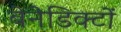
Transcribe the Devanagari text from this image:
बेनेडिक्टों